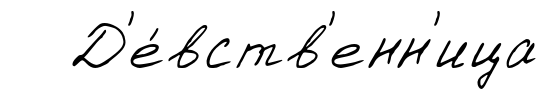
Д'е́вств'енн'ица